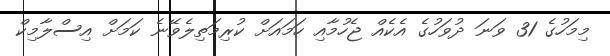
މިމަހުގެ 31 ވަނަ ދުވަހުގެ އެކެއް ޖެހުމާއި ހަމައަށް ކުރިމަތިލެވޭނެ ކަމަށް އިސްލާމިކް